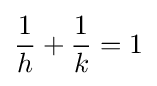
{\frac {1}{h}}+{\frac {1}{k}}=1